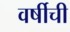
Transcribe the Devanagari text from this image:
वर्षीची